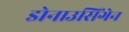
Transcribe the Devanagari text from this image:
डोनाउसिंगेन